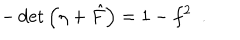
- \det \left( \eta + { \hat { F } } \right) = 1 - f ^ { 2 } ~ ~ .